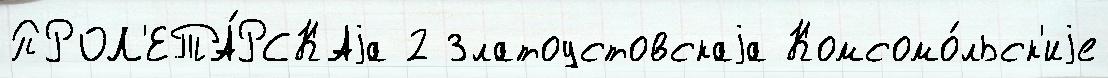
ПРОЛ'ЕТА́РСКАjа 2 Златоустовскаjа Комсомо́льск'иjе